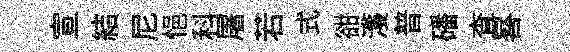
宣結尼悒科屠若式𧮳濩普磻查晷